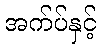
အက်ပ်နှင့်